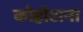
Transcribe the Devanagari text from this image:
कोहोटाना